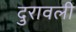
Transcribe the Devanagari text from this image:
दुरावली